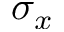
\sigma _ { x }